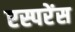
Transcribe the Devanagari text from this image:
एस्परेंस